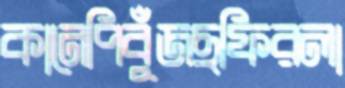
কানেপিবুঁজছফিরলা